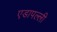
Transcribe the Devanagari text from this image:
एडापल्ली